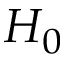
H _ { 0 }